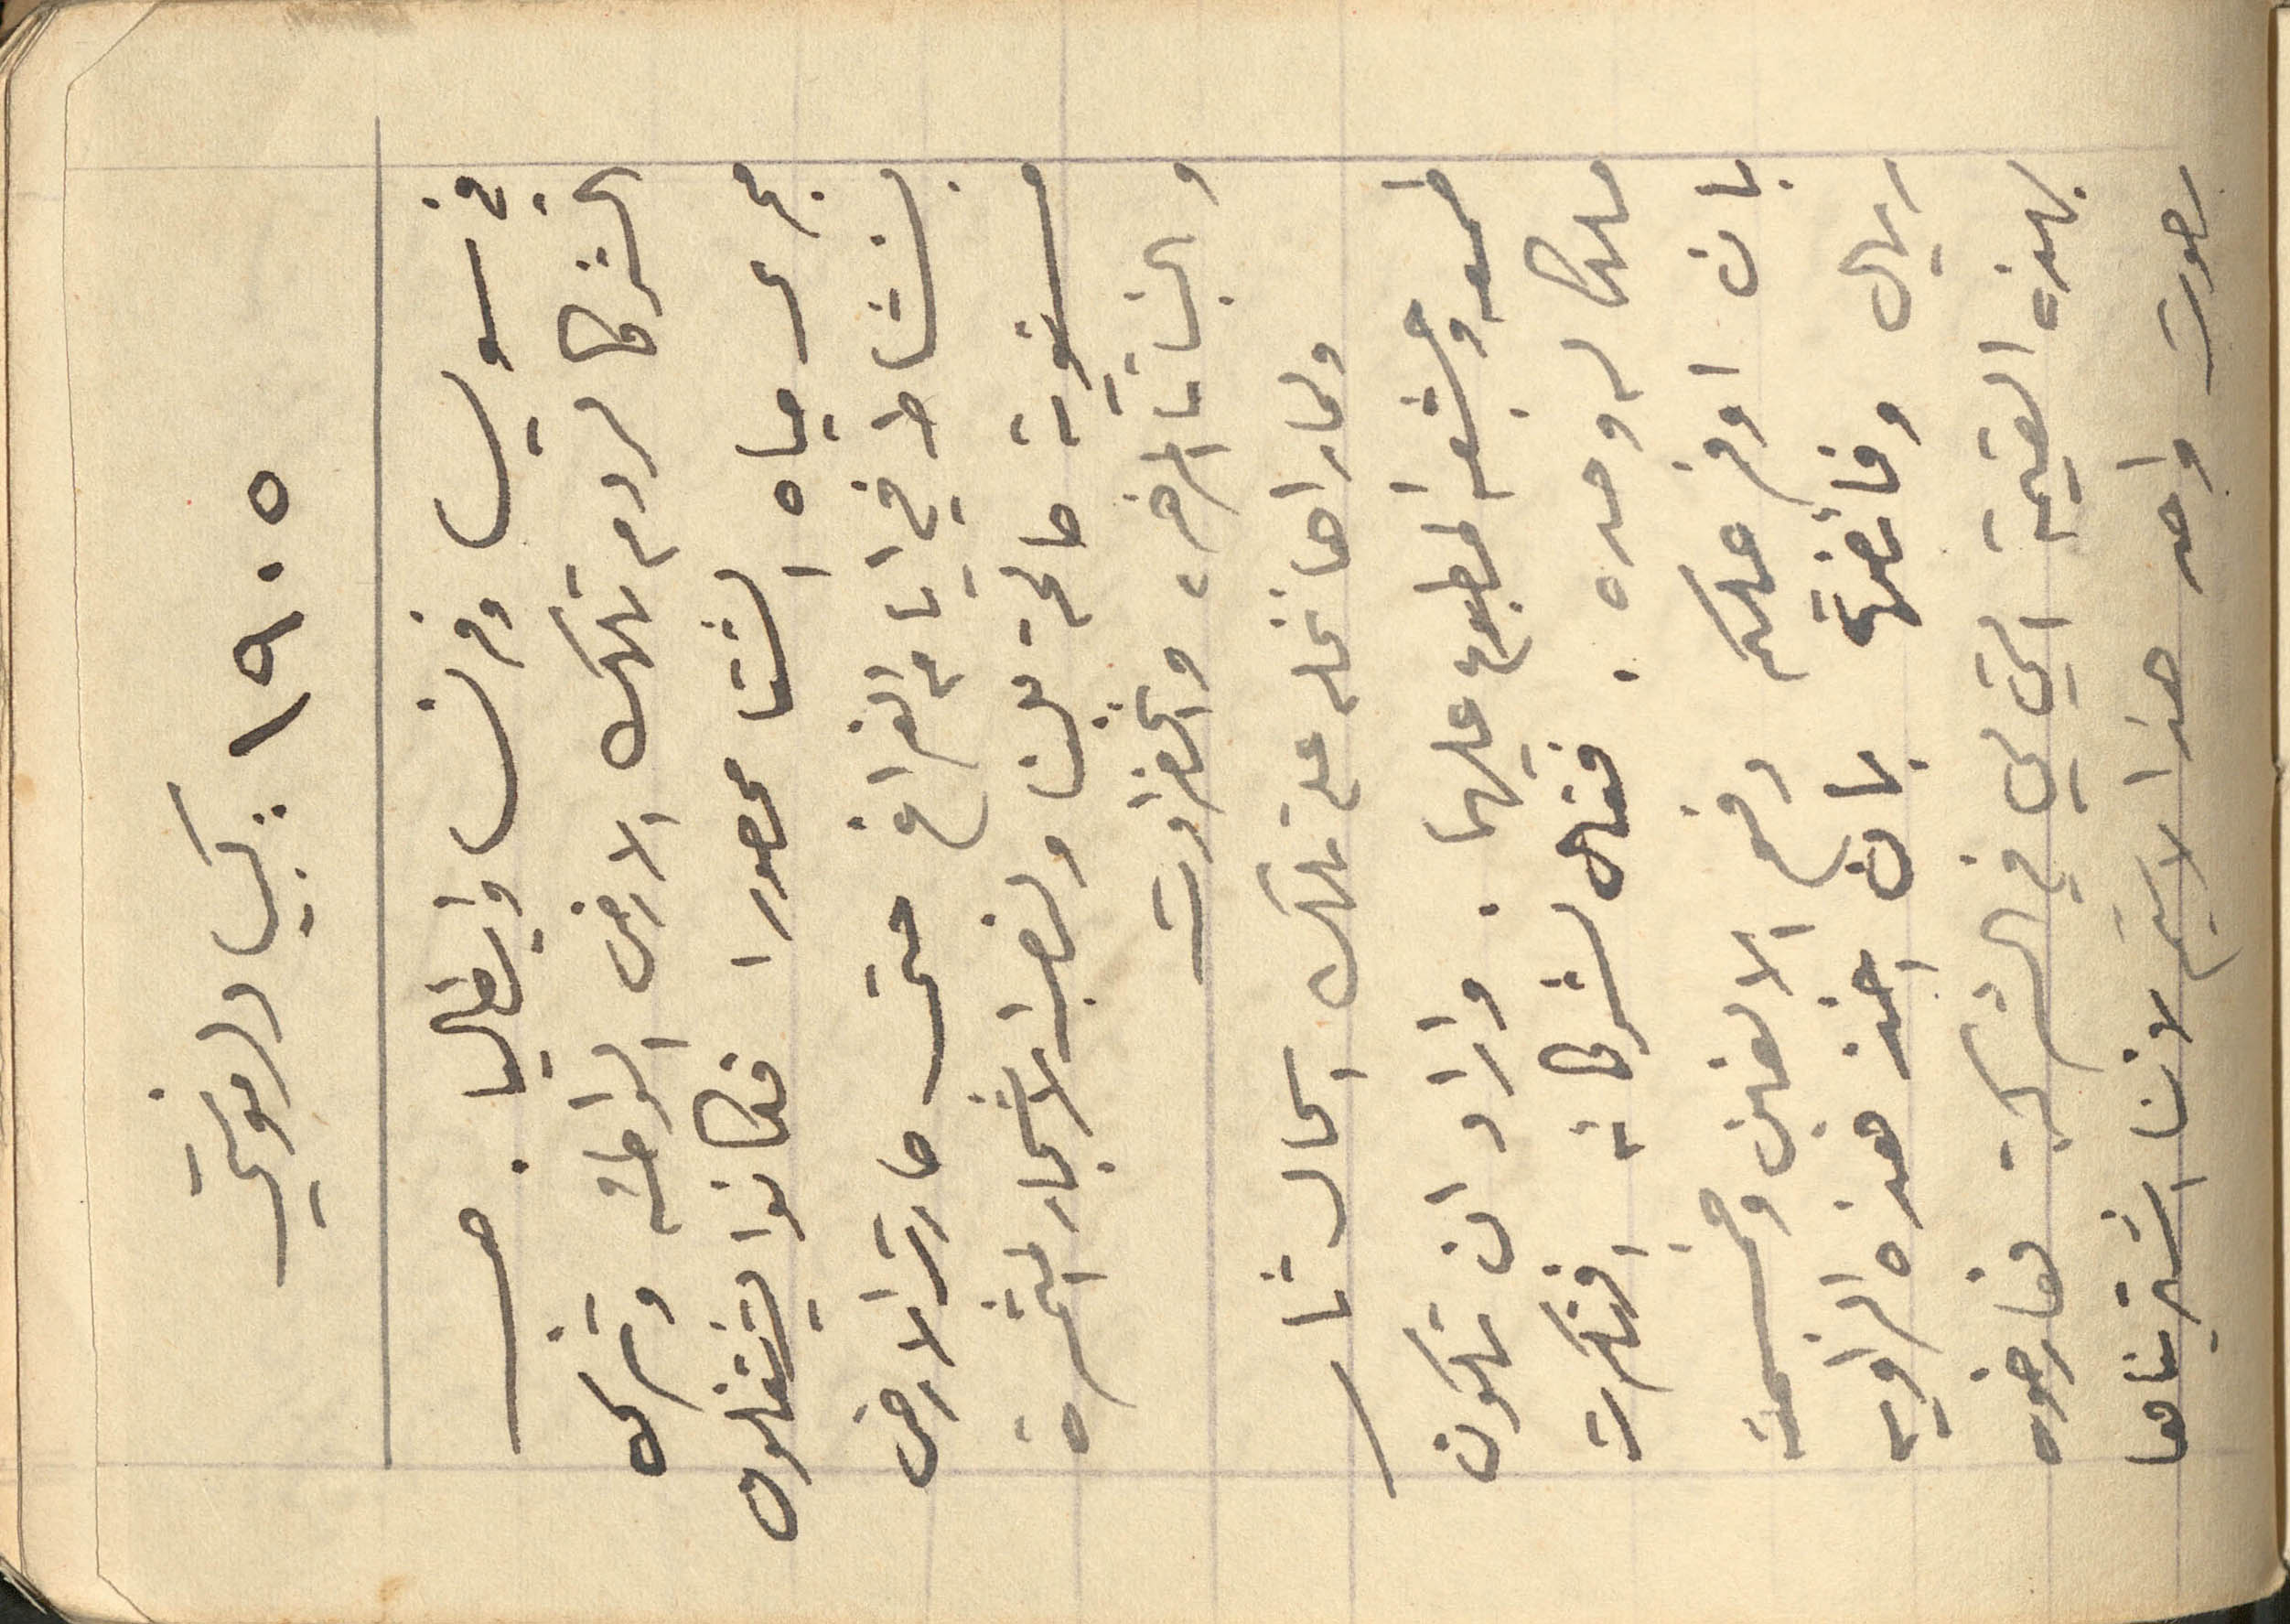
١۹٠٥ كبيا دلمونتي
في سويس وفرنسا وإيطاليا. حب
الشركا لردم تلك الأرض الواطئة وترك
مجرى مياه الشتا محصورا فكانوا يشتغلون
بنشاط في أيام الفراغ حتى صارت الأرض
مستوية صالحة بن ولنصب الأشجار المثمرة
والنبات المزهره والخضراوت
ولما راها نخله على تلك الحال ثار
طمعه وجشعه المطبوع عليهما. واراد ان تكون
ملك له وحده. فقال لشركائه، فنكرت
بان اوفر عليكم دفع الالفين وخمسمئة
ريال وفائضها بان اخذ هذه الزاوية
بهذه القيمة التي لي في الشركة فعارضوه
بصوت واحد هذا الاسيم لأننا اشتريناها